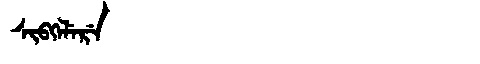
Manchu: ᠰᡳᠪᡴᡝᠯᡝᡵᡝ
Romanization: SIBKELERE